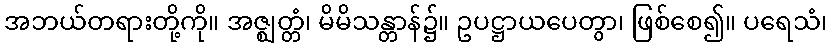
အဘယ်တရားတို့ကို။ အဇ္ဈတ္တံ၊ မိမိသန္တာန်၌။ ဥပဋ္ဌာယပေတွာ၊ ဖြစ်စေ၍။ ပရေသံ၊